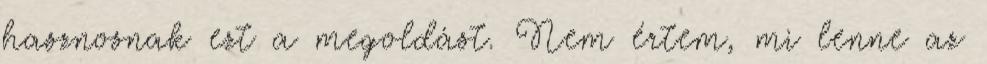
hasznosnak ezt a megoldást. Nem értem, mi lenne az